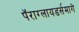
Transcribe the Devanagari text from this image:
पॅराग्लायडर्समागे